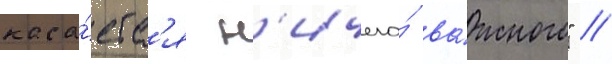
каса́етс'я н'ичего́ ва́жного" //